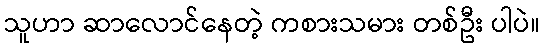
သူဟာ ဆာလောင်နေတဲ့ ကစားသမား တစ်ဦး ပါပဲ။